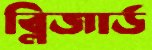
ব্লিজার্ড